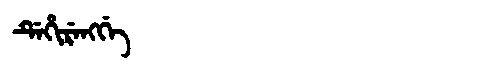
Manchu: ᡩᡝᡥᡳᡵᡝᠩᡤᡝ
Romanization: DEHIRENGGE